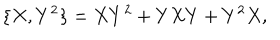
\{ X , Y ^ { 2 } \} = X Y ^ { 2 } + Y X Y + Y ^ { 2 } X ,